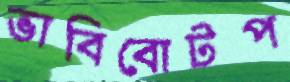
ভাবিবোটপ